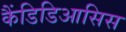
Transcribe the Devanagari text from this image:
कैंडिडिआसिस